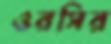
ওরসির